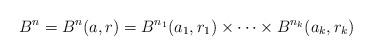
LaTeX: \begin{align*} B^n = B^n (a, r) = B^{n_1} (a_1, r_1) \times \cdots \times B^{n_k} (a_k, r_k)\end{align*}